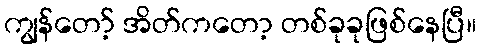
ကျွန်တော့် အိတ်ကတော့ တစ်ခုခုဖြစ်နေပြီ။